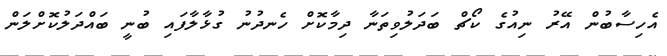
އެހިސާބުން އޭރު ނިއުގެ ކޯޗް ބަދަލުވިތަނާ ދިމާކޮށް ހެނދުނު ގުޅާލާފައި ބުނީ ބައްދަލުކޮށްލަން